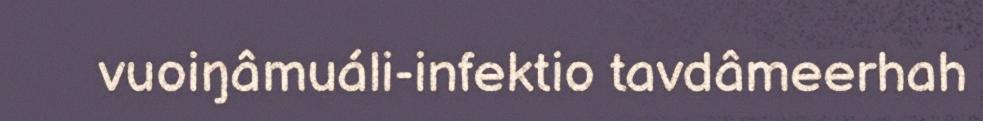
vuoiŋâmuáli-infektio tavdâmeerhah